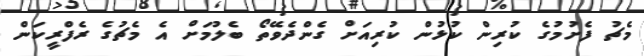
މެޗު ފެށުމުގެ ކުރިން ކުޅުން ކުރިއަށް ގެންދެވޭތޯ ބެލުމަށް އެ މެޗުގެ ރެފްރީކަން